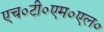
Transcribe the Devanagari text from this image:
एच०टी०एम०एल०